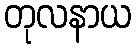
တုလနာယ